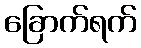
ခြောက်ရက်